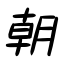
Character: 朝